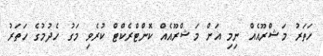
ހަތަރު މަޝްރޫއެއް ނިމި އަށް މަޝްރޫއެއް ކޮންޓްރެކްޓް ކުރެވި މަގު ހެދުމުގެ ހަތަރު